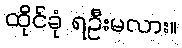
ထိုင်ခုံ ရဦးမလား။